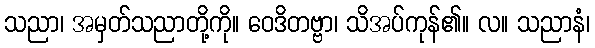
သညာ၊ အမှတ်သညာတို့ကို။ ဝေဒိတဗ္ဗာ၊ သိအပ်ကုန်၏။ လ။ သညာနံ၊